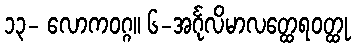
၁၃- လောကဝဂ္ဂ။ ၆-အင်္ဂုလိမာလတ္ထေရဝတ္ထု